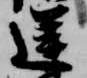
逆